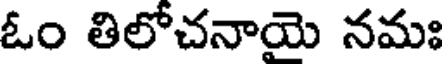
ఓం తిలోచనాయె నమః